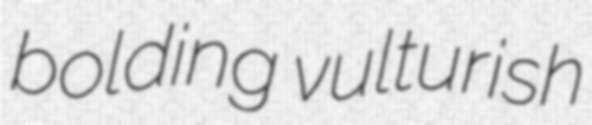
bolding vulturish